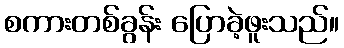
စကားတစ်ခွန်း ပြောခဲ့ဖူးသည်။